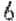
6